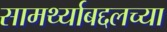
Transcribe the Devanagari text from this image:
सामर्थ्याबद्दलच्या